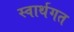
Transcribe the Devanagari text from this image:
स्वार्थगत